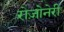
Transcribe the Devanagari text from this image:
रोज़ोनेरी